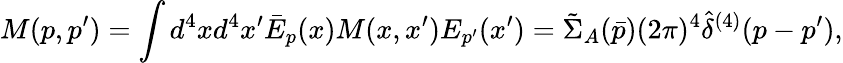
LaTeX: M(p,p^{\prime})=\int d^{4}xd^{4}x^{\prime}\bar{E}_{p}(x)M(x,x^{\prime})E_{p^{\prime}}(x^{\prime})=\tilde{\Sigma}_{A}(\bar{p})(2\pi)^{4}\hat{\delta}^{(4)}(p-p^{\prime}),